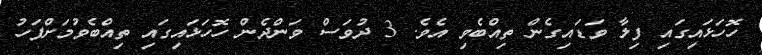
ހޮހަޅައިގައި ފިލާ ވަޑައިގެން ތިއްބެވި އެވެ. 3 ދުވަސް ވަންދެން ހޮހަޅައިގައި ތިއްބެވުމަށްފަހު